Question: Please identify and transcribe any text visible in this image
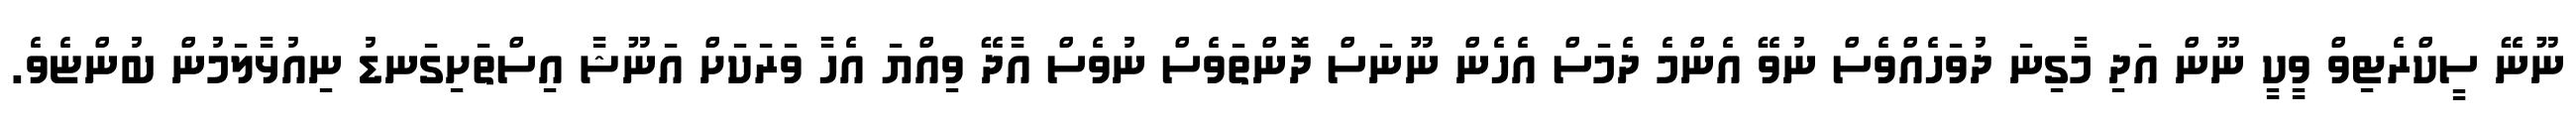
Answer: ނޫނޭ ސީކްރެޓިވް ވީކީ ނޫން އަދި މާގިނަ ދުވަހެއްވެސް ނުވޭ އެންމެ ދެމަސް އެހެން ނޫނަސް ދޮންތަވެސް ނުވެސް އާދޭ ވިއްޔަ އެހާ ވަރަކަށް އަނޫޝާ އިސްތަށިގަނޑު ނިއުޅާލަމުން ބުންޏެވެ.